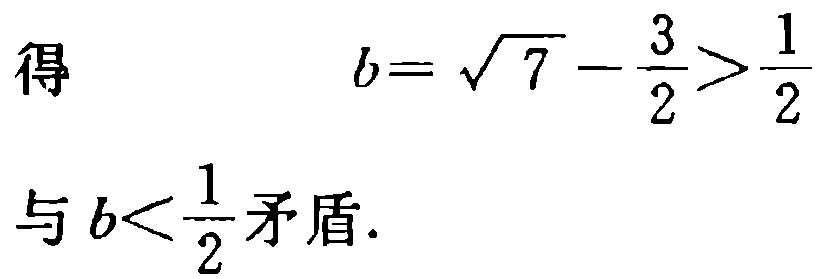
得 \[b = \sqrt{7} - \frac{3}{2} > \frac{1}{2}\] 与 \(b < \frac{1}{2}\)矛盾.